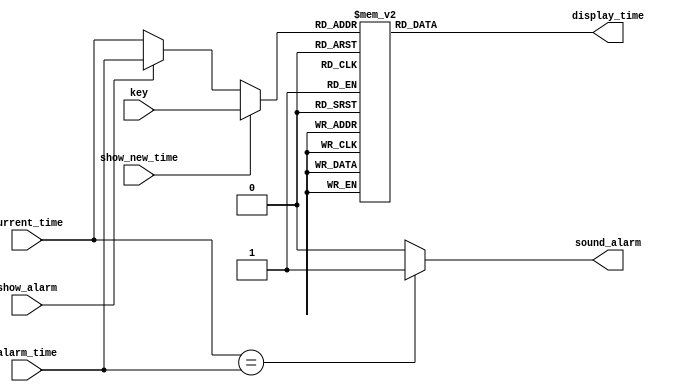

module lcd_driver (alarm_time,
                   current_time,
                   show_alarm,
                   show_new_time,
                   key,display_time,
                   sound_alarm);
//Define input and output ports direction
input [3:0] key;
input [3:0]alarm_time;
input [3:0]current_time;
input show_alarm;
input show_new_time;


output reg [7:0]display_time;
output reg sound_alarm;

//Define the internal signals  
reg [3:0]display_value ;

//Define the Parameter constants to represent LCD numbers
parameter ZERO   = 8'h30;
parameter ONE    = 8'h31;
parameter TWO    = 8'h32;
parameter THREE  = 8'h33;
parameter FOUR   = 8'h34;
parameter FIVE   = 8'h35;
parameter SIX    = 8'h36;
parameter SEVEN  = 8'h37;
parameter EIGHT  = 8'h38;
parameter NINE   = 8'h39;
parameter ERROR  = 8'h3A;


 

always @ (alarm_time or current_time or show_alarm or show_new_time or key)
  begin
    //Displays the key_time,alarm_time or current_time as per the control signals
    if (show_new_time)
        display_value = key;
    else if (show_alarm)
        display_value = alarm_time;
    else
        display_value = current_time;
    //Generates sound_alarm logic i,e when current_time is equal to alarm_time
    if (current_time == alarm_time)
         sound_alarm = 1'b1;
    else
	 sound_alarm = 1'b0;    
  end

//Decoder logic 
always @ (display_value)
  begin
    case (display_value)
          4'd0 : display_time = ZERO;
          4'd1 : display_time = ONE;
          4'd2 : display_time = TWO;
          4'd3 : display_time = THREE;
          4'd4 : display_time = FOUR;
          4'd5 : display_time = FIVE;
          4'd6 : display_time = SIX;
          4'd7 : display_time = SEVEN;
          4'd8 : display_time = EIGHT;
          4'd9 : display_time = NINE;
       default : display_time = ERROR;
     endcase
   end 


endmodule